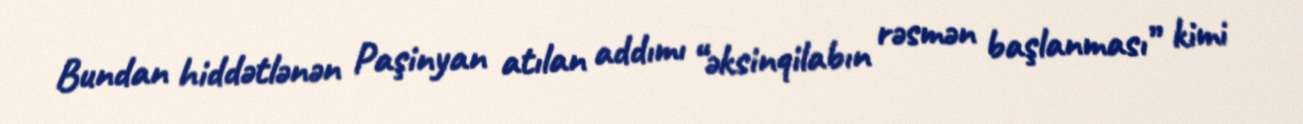
Bundan hiddətlənən Paşinyan atılan addımı “əksinqilabın rəsmən başlanması” kimi